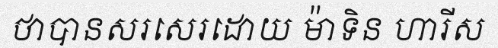
ថាបានសរសេរដោយ ម៉ាទិន ហារីស